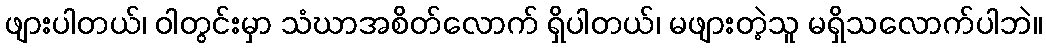
ဖျားပါတယ်၊ ဝါတွင်းမှာ သံဃာအစိတ်လောက် ရှိပါတယ်၊ မဖျားတဲ့သူ မရှိသလောက်ပါဘဲ။